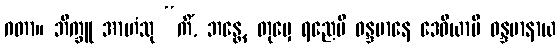
ဂတာ။ ဘိက္ခူ အာဟံသု “ကိံ, ဘန္တေ, တုမှေ ရညေပိ ဝန္ဒမာနေ ဒေဝိယာပိ ဝန္ဒမာနာယ